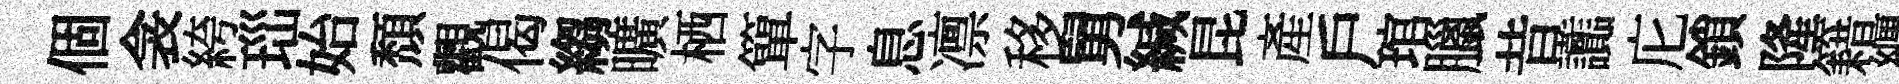
個衾絝𤤼始頹觀偈縐曠栖簞字息凛移舅緘昆產戶琯臘昔讟庀鎖隆籍纒